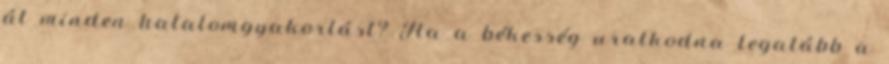
át minden hatalomgyakorlást? Ha a békesség uralkodna legalább a